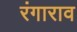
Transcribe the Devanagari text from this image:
रंगाराव